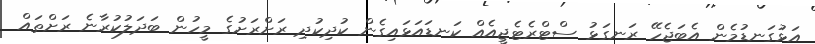
އަޅުގަނޑުމެން އެބަޖެހޭ ރަނގަޅު ސްޓްރެޓެޖީއެއް ކަނޑައަޅައިގެން ކުދިކުދި ރަށްރަށުގެ މީހުން ބަދަލުކުރާނެ ރަށްތައް